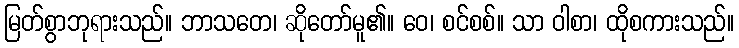
မြတ်စွာဘုရားသည်။ ဘာသတေ၊ ဆိုတော်မူ၏။ ဝေ၊ စင်စစ်။ သာ ဝါစာ၊ ထိုစကားသည်။